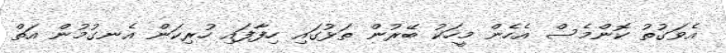
އެވަގުތު ކޮންމެސް އެހެން މީހަކު ބޭރުން ތަޅުގައި ހިފާފައި ހުރިކަން އެނގުމުން އަތް